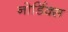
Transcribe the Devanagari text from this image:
नोर्डिक्स